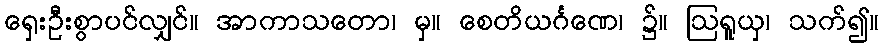
ရှေးဦးစွာပင်လျှင်။ အာကာသတော၊ မှ။ စေတိယင်္ဂဏေ၊ ၌။ ဩရူယှ၊ သက်၍။